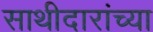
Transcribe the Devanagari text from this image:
साथीदारांच्या